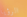
الرؤيا